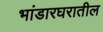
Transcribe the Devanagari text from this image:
भांडारघरातील